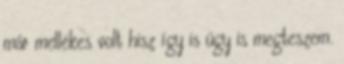
már mellékes volt hisz így is úgy is megteszem.